Tartu_pedagoogiumi_aruanded, lk 73
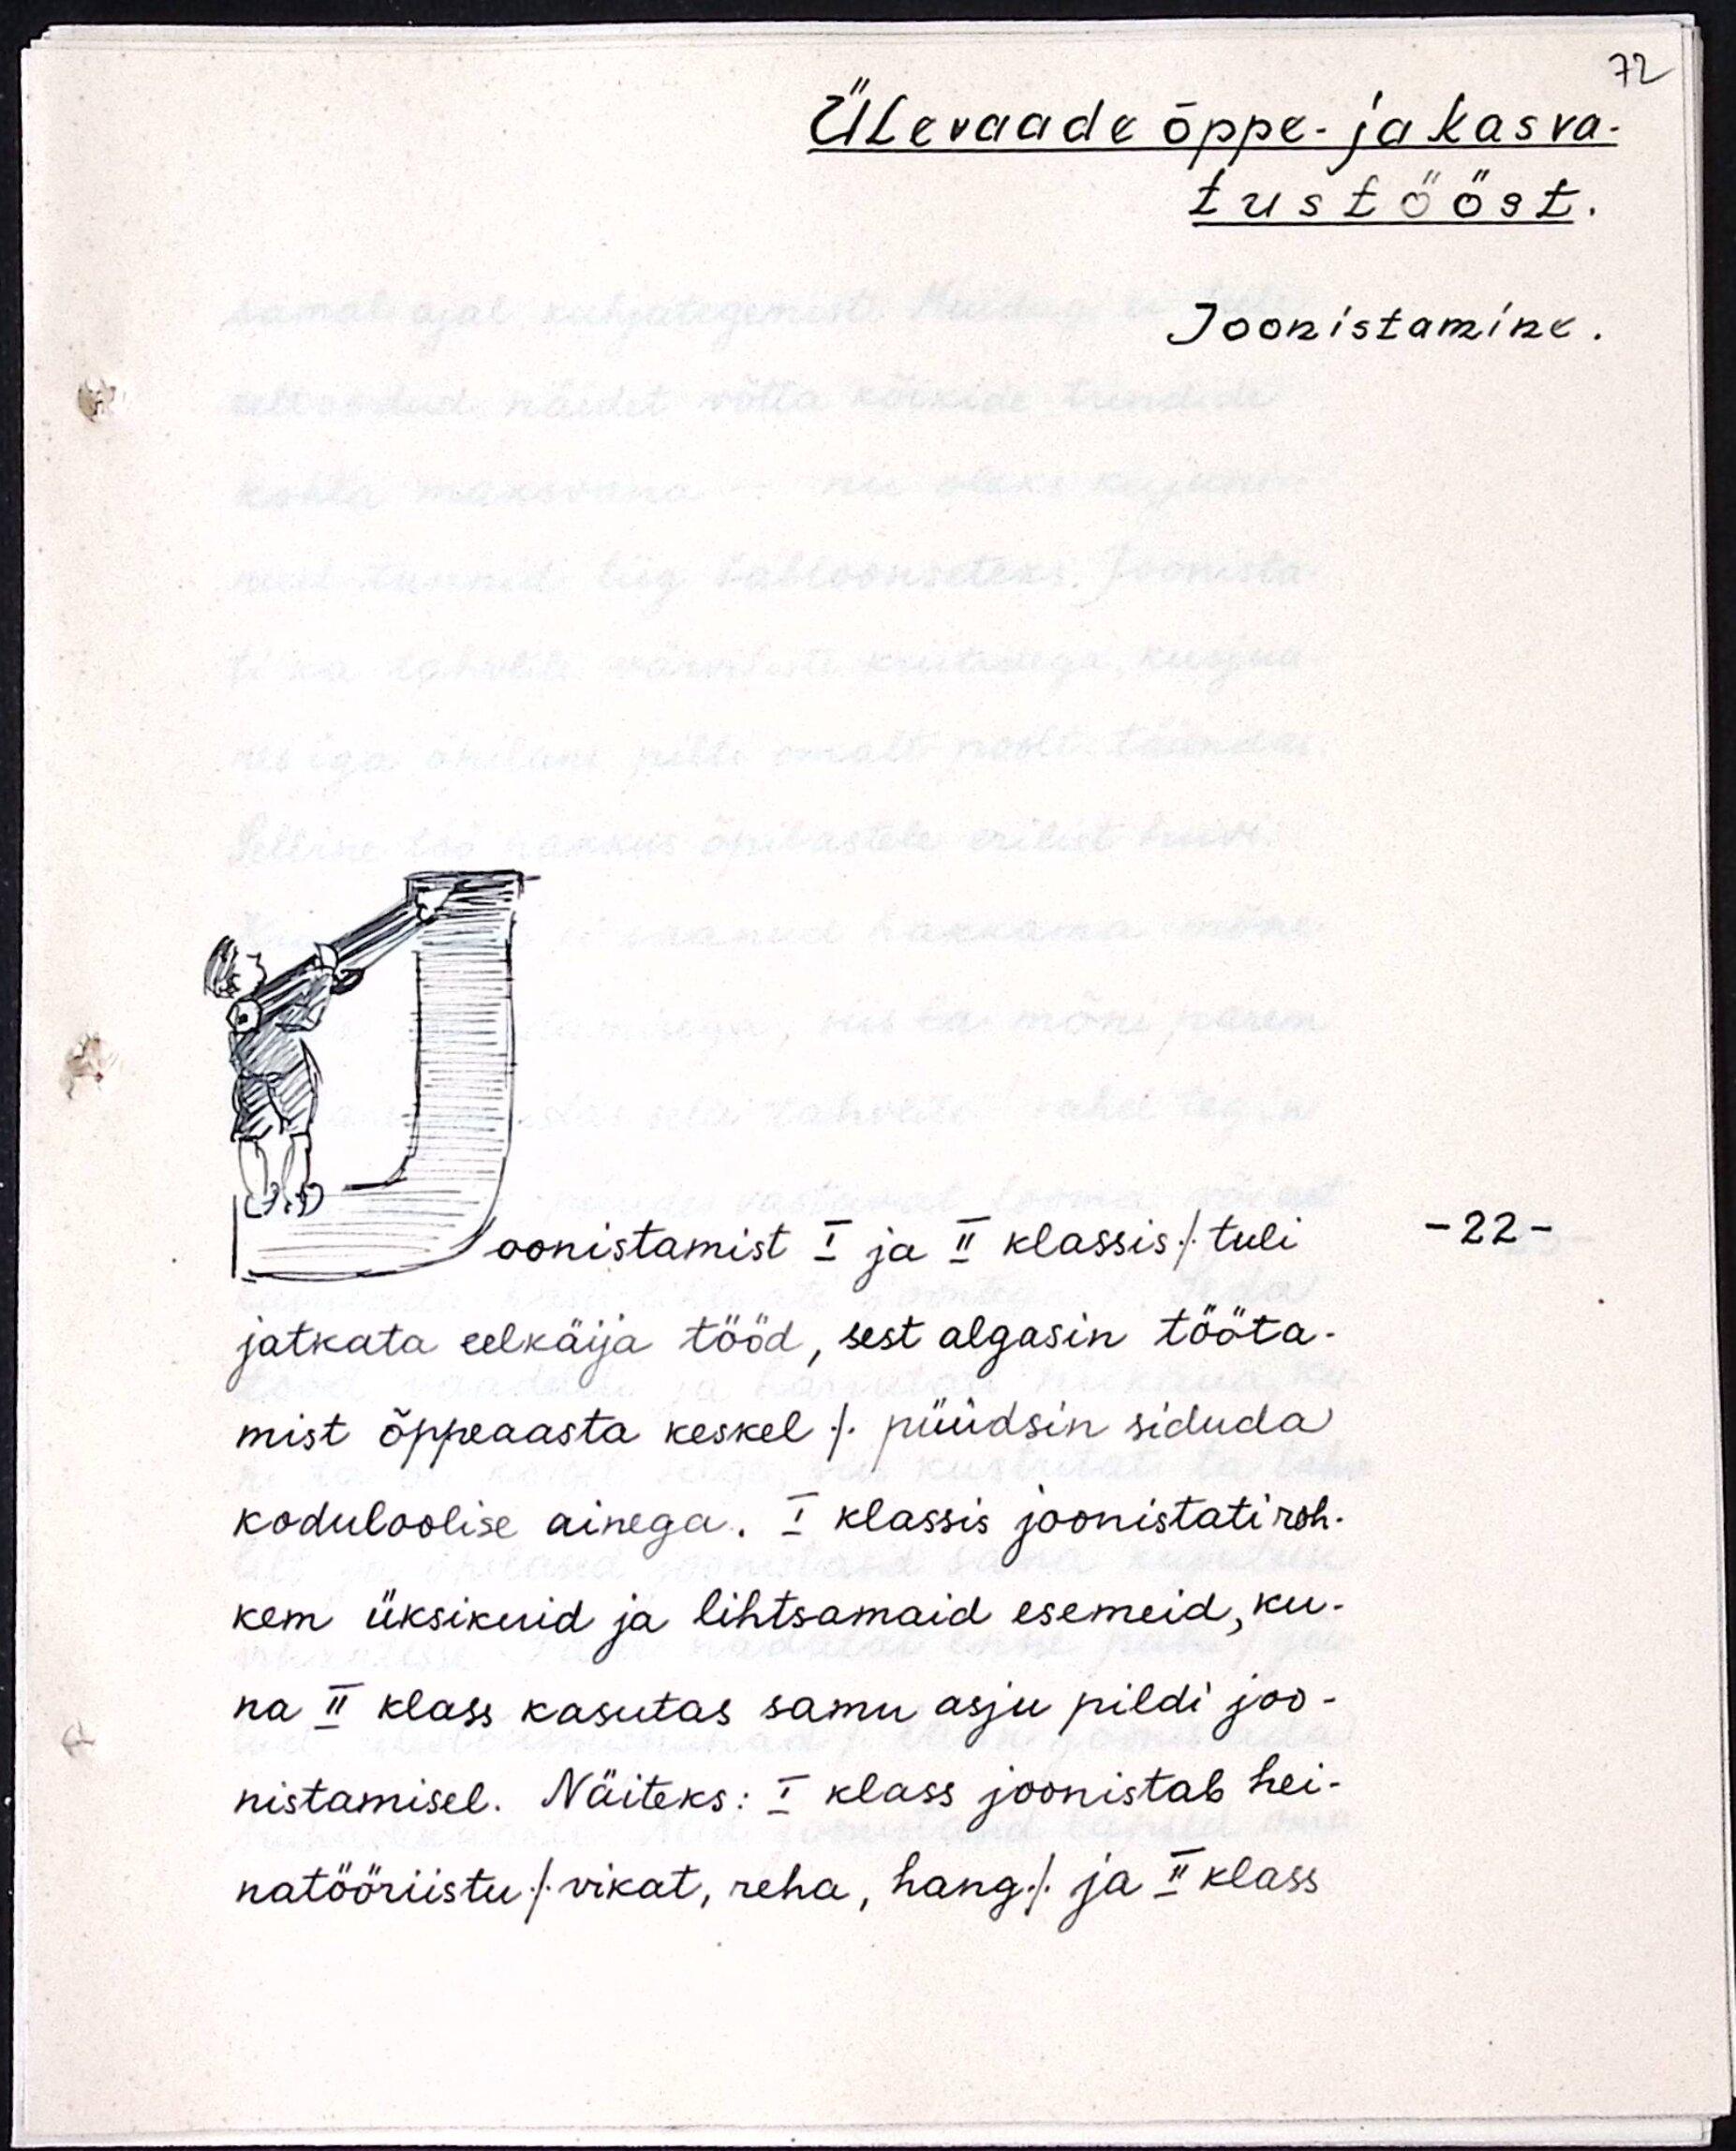
Ülevaade õppe- ja kasva-
tustööst.
Joonistamine.
oonistamist I ja II klassis/ tuli
jatkata eelkäija tööd, sest algasin tööta-
mist õppeaasta keskel / püüdsin siduda
koduloolise ainega. I klassis joonistati roh-
kem üksikuid ja lihtsamaid esemeid, ku-
na II klass kasutas samu asju pildi joo-
nistamisel. Näiteks: I klass joonistab hei-
natööriistu/ vikat, reha, hang / ja II klass